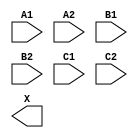
module sky130_fd_sc_ms__a222o (
    //# {{data|Data Signals}}
    input  A1,
    input  A2,
    input  B1,
    input  B2,
    input  C1,
    input  C2,
    output X
);

    // Voltage supply signals
    supply1 VPWR;
    supply0 VGND;
    supply1 VPB ;
    supply0 VNB ;

endmodule